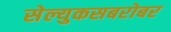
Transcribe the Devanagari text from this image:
सेल्युकसबरोबर